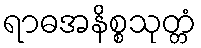
ရာဓအနိစ္စသုတ္တံ